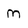
Character: M